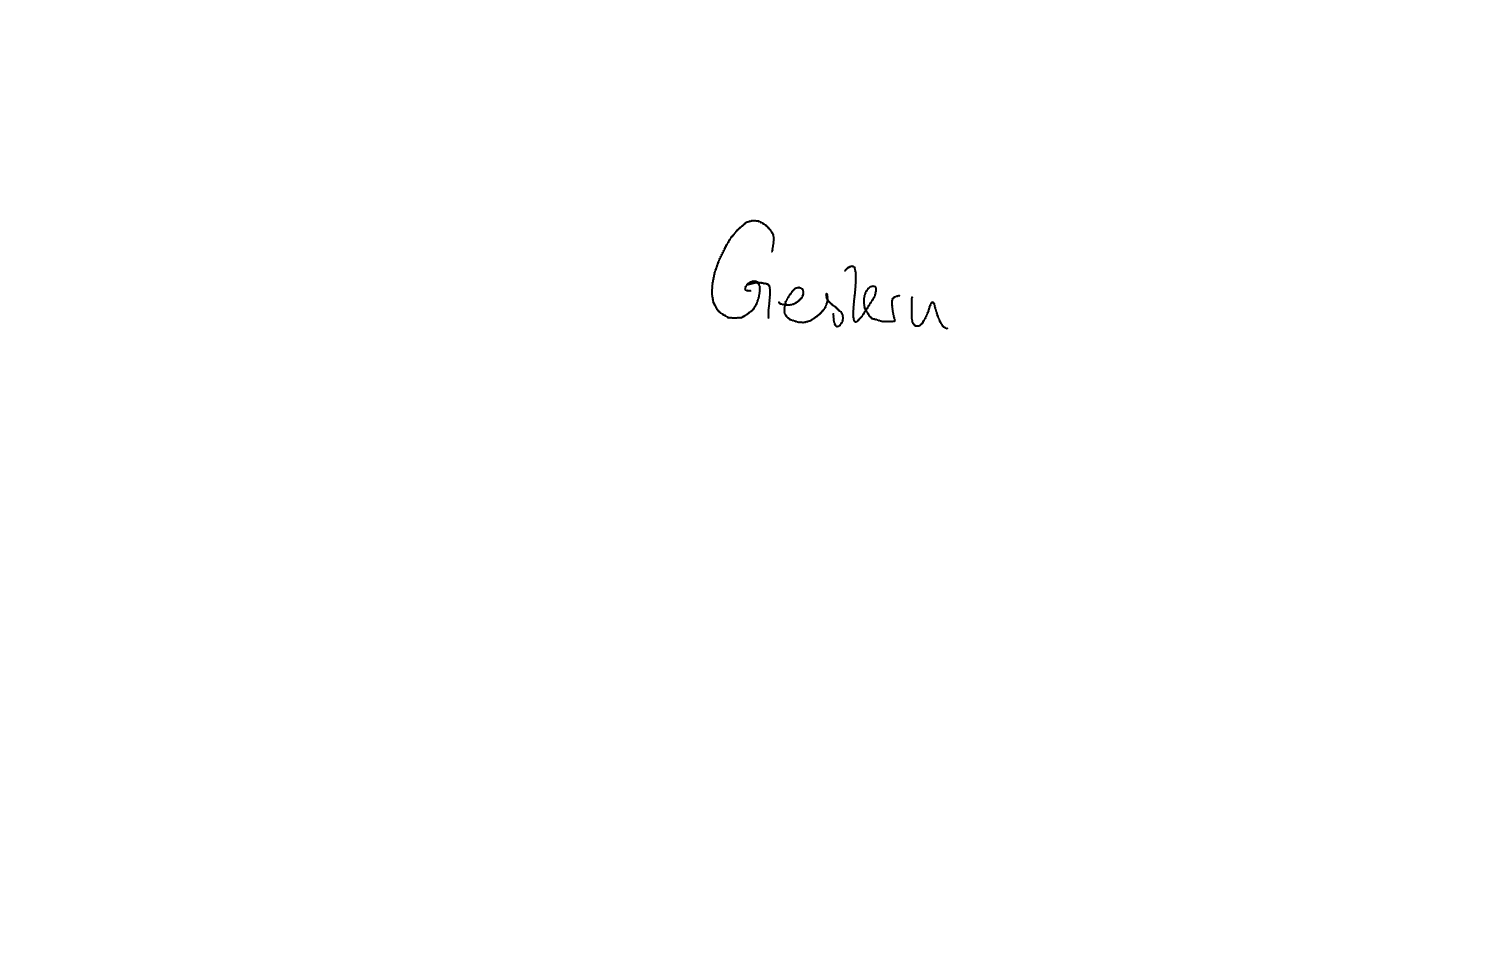
Text: Gestern